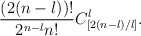
\begin{align*} \frac{(2(n-l))!}{2^{n-l}n!} C_{[2(n-l)/l]}^l.\end{align*}